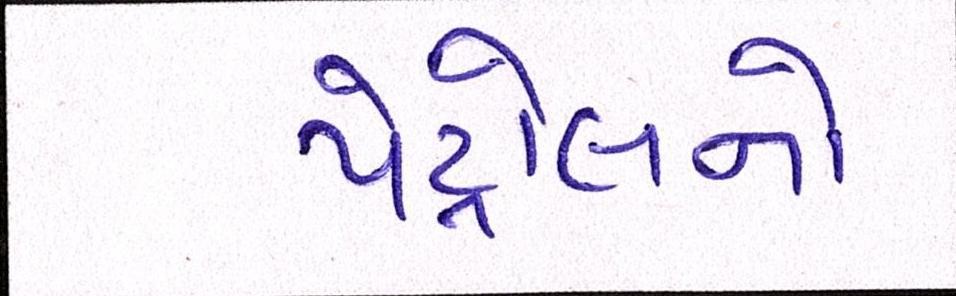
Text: પેટ્રોલનો